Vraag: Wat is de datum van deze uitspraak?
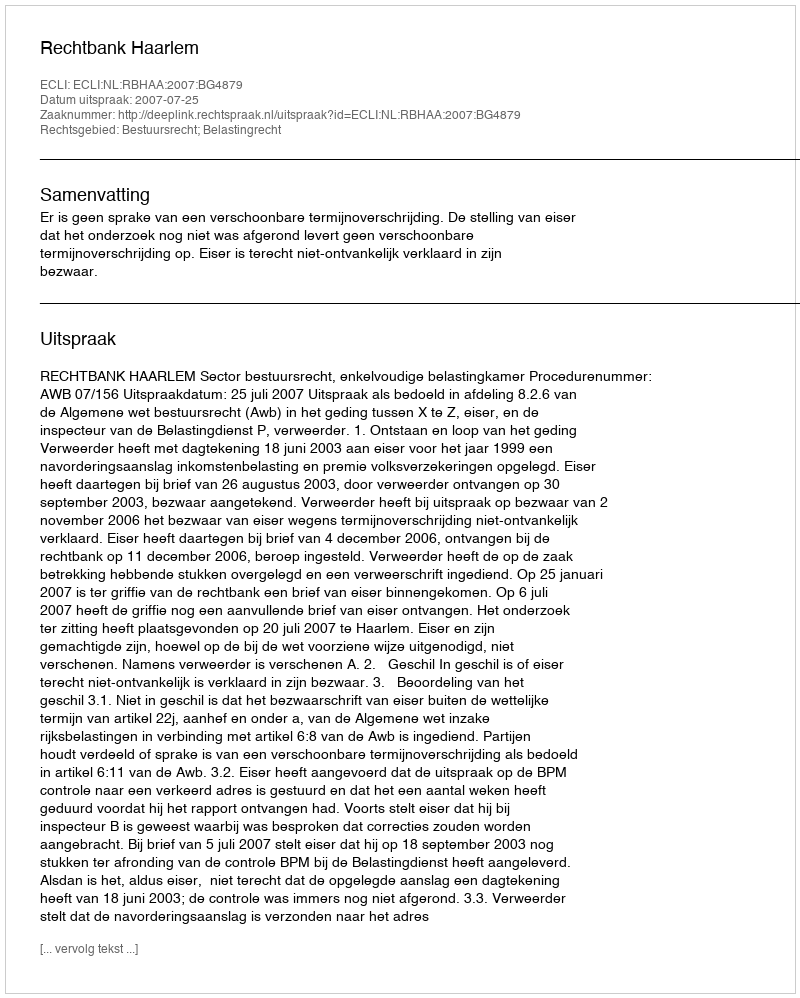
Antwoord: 2007-07-25